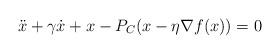
LaTeX: \begin{align*}\ddot x + \gamma\dot x + x-P_C(x-\eta\nabla f (x)) = 0\end{align*}